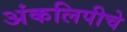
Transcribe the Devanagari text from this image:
अंकलिपीचे